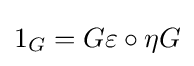
1_{G}=G\varepsilon \circ \eta G